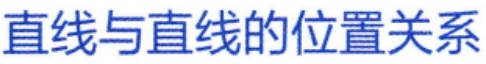
直线与直线的位置关系